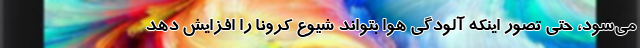
می‌شود، حتی تصور اینکه آلودگی هوا بتواند شیوع کرونا را افزایش دهد